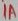
Text: 1A